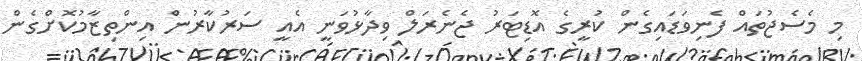
މި މެސެޖުތައް ފެނިވަޑައިގެން ކުރީގެ އޮޑިޓަރު ޖެނެރަލް ވިދާޅުވަނީ އެއީ ސަރުކާރުން އިންތިޒާމުކޮށްގެން